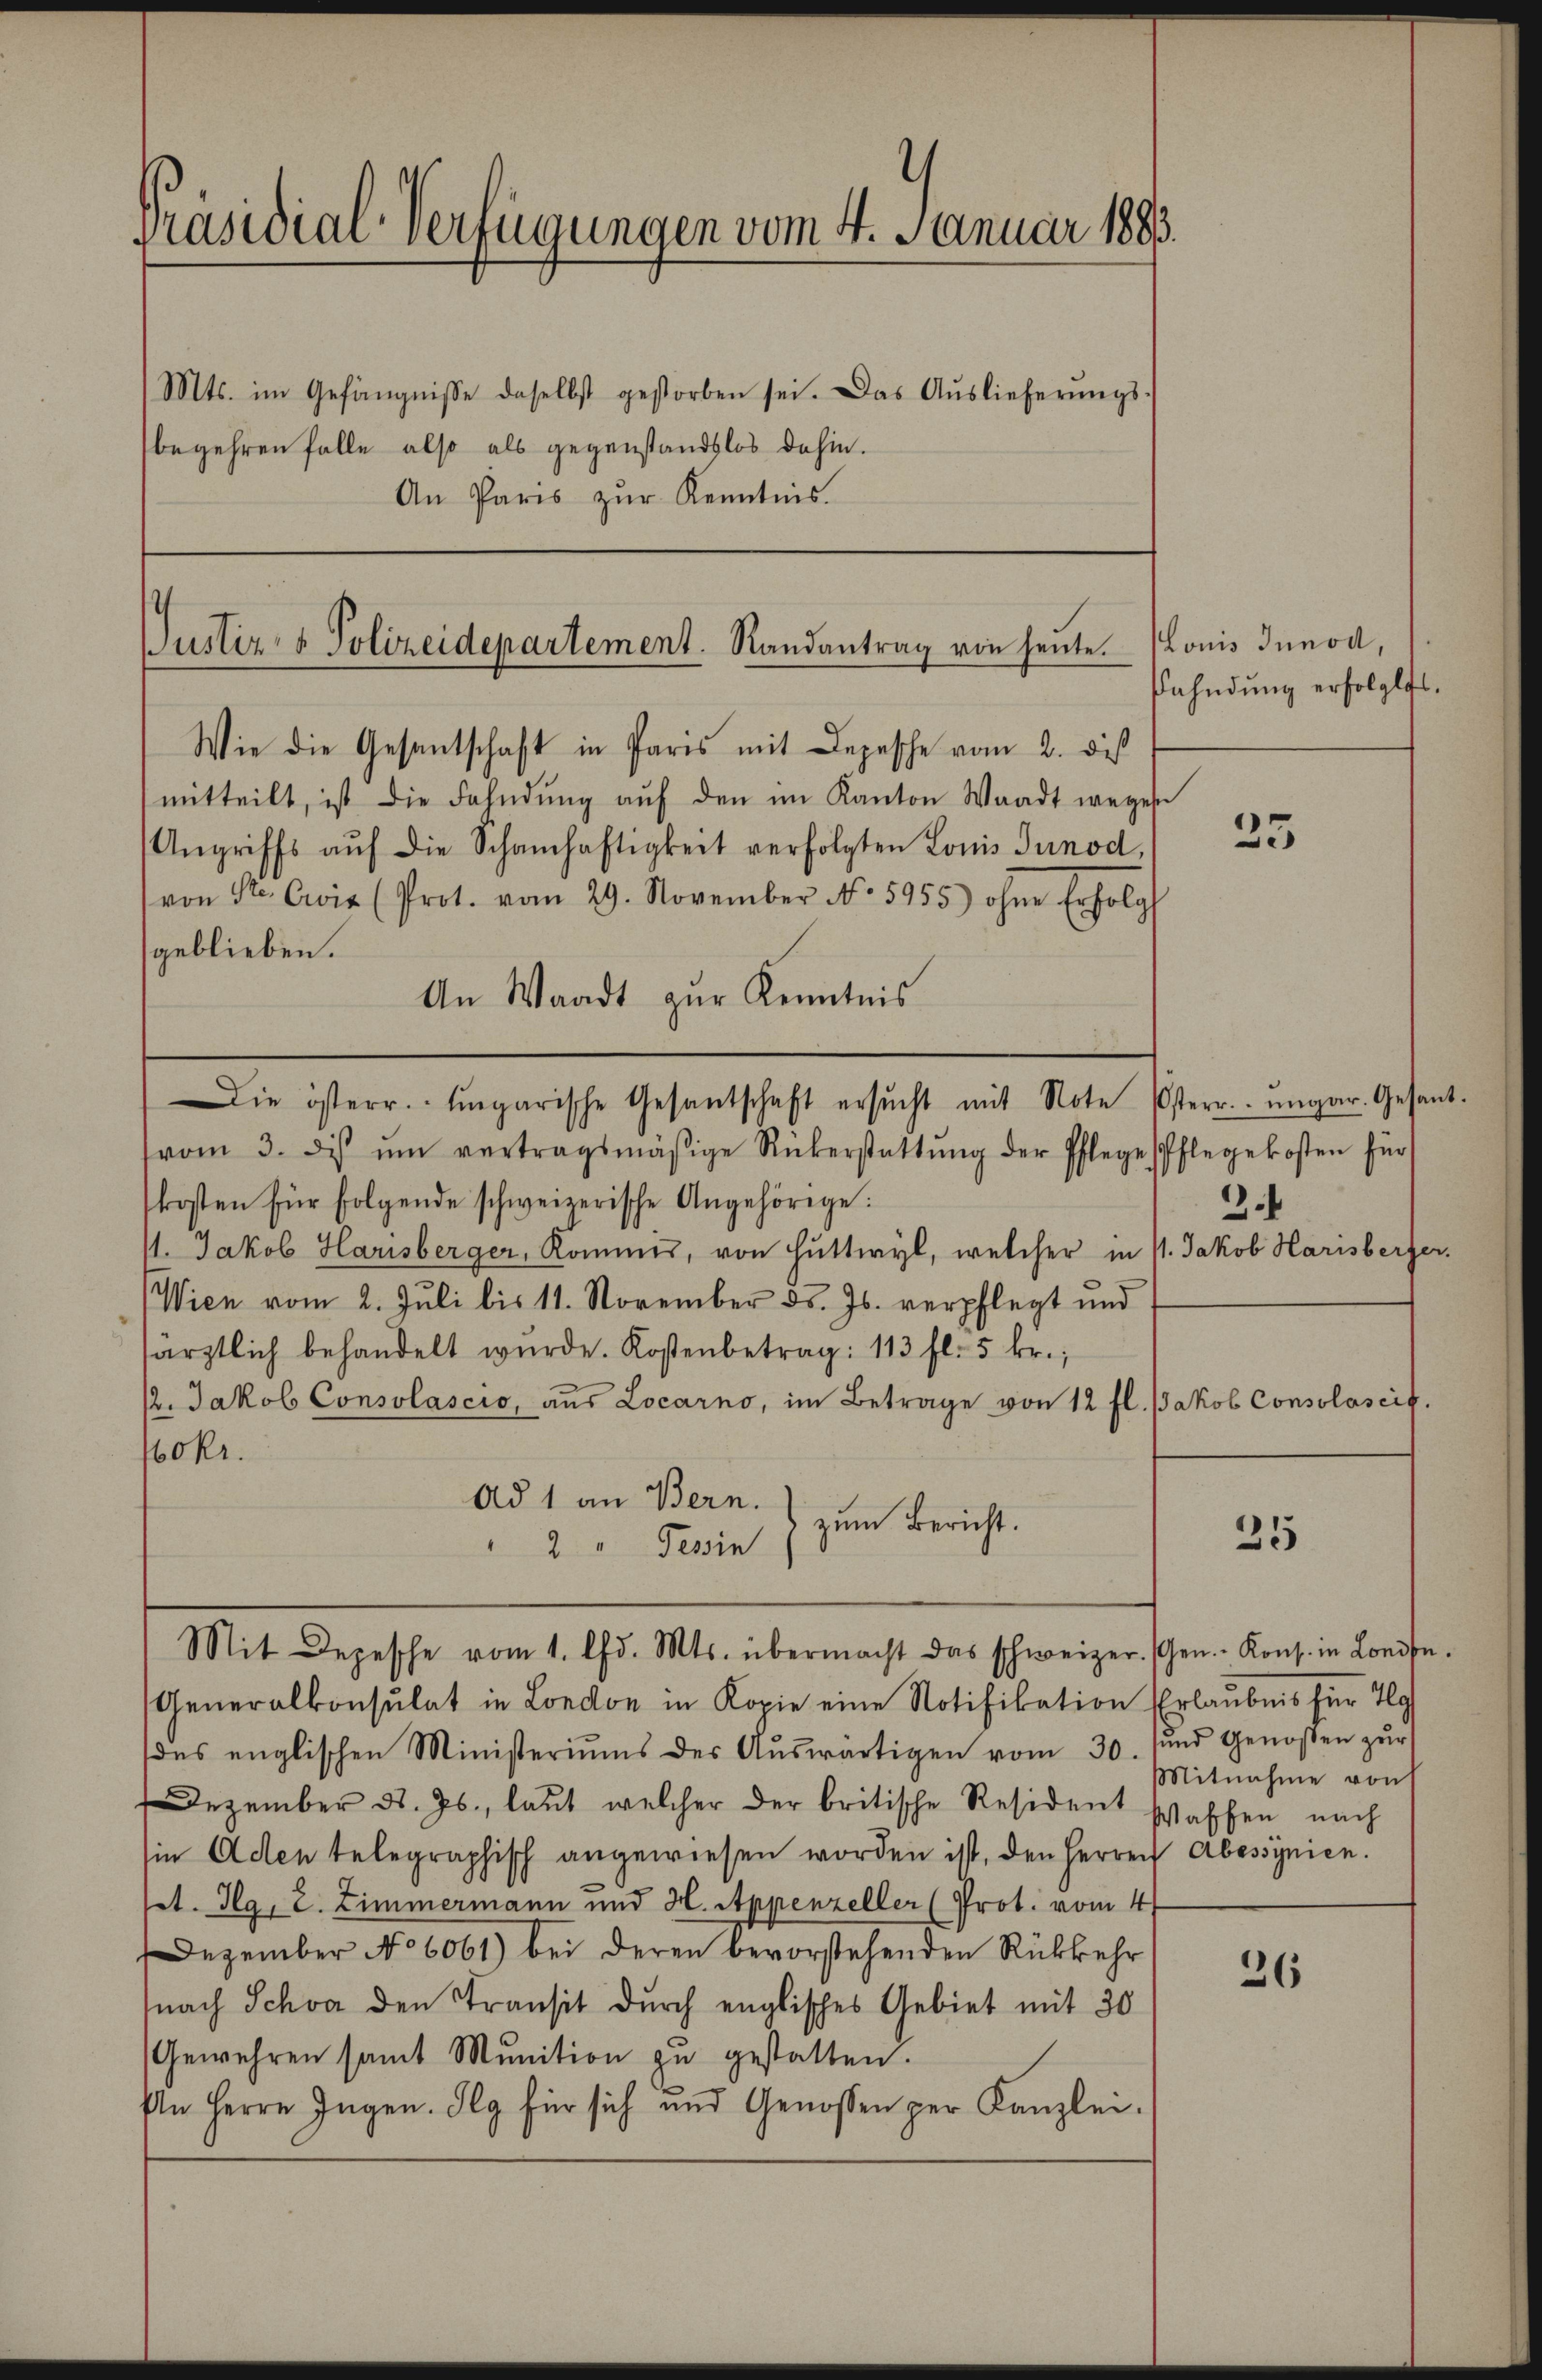
Präsidial-Verfügungen vom 4. Januar 1883.

Mts. im Gefängnisse daselbst gestorben sei. Das Aŭslieferŭngs-
begehren falle also als gegenstandslos dahin.
An Paris zŭr Kenntnis.

Justiz- & Polizeidepartement. Randantrag von heute. Honis Innod,

Wie die Gesantschaft in Paris mit Depesche vom 2. dieß
mitteilt, ist die Fahndŭng aŭf den im Kanton Waadt wegen
Angriffs aŭf die Schamhaftigkeit verfolgten Louis Tunod,
(von Sr. wir (Prot. vom 29. November No. 5955) ohne Erfolg
geblieben.
An Waadt zur Kenntnis
vom 3. ds ŭm vertragsmäßige Rükerstattŭng der Pflege Pflegekosten für
kosten für folgende schweizerische Angehörige:
11. Jakob Harisberger, Kommes, von Huttwyl, welcher in 1. Jakob Harisberger,
Wien vom 2. Juli bis 11. November ds. Js. verpflegt und
särztlich behandelt wŭrde. Kostenbetrag: 113 fl. 5 kr.;
12. Jakob Consolascio, aŭs Locarno, im Betrage von 12 fl. Jakob Consolascit.
60kr.
Ad 1 an Bern.
zum Bericht.
2 " Tessin
Mit Depesche vom 1. Chr. Mts. übermacht das schweizer. (Gen.- Kons. in Louise.
Generalkonsulat in London in Kopie eine Notifikation Erlaubnis für T
des englischen Ministeriums der Aŭswärtigen vom 30. und Genoßen zŭr
Dezember d. Js., laut welcher der britische Resident Waffen nach
ie Aden telegraphisch angewiesen worden ist, den Herren Abessynien.
st. g, 2. Zimmermann und H. Appenzeller (Prot. vom 4
Dezember No 6061) bei deren bevorstehenden Rückkehr
nach Schon den Transit durch englisches Gebiet mit 30
Gewehren samt Munition zŭ gestatten.
An Herrn Jugen. Ilg für sich und Genossen per Kanzlei-

Die österr. Eingarische Gesantschaft ersŭcht mit Note Osterr. ungar. Gesant-

fahndung erfolglos.

25

3.

35

Mitnahme von

26